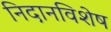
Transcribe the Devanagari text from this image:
निदानविशेष